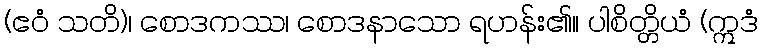
(ဧဝံ သတိ)၊ စောဒကဿ၊ စောဒနာသော ရဟန်း၏။ ပါစိတ္တိယံ (ဣဒံ